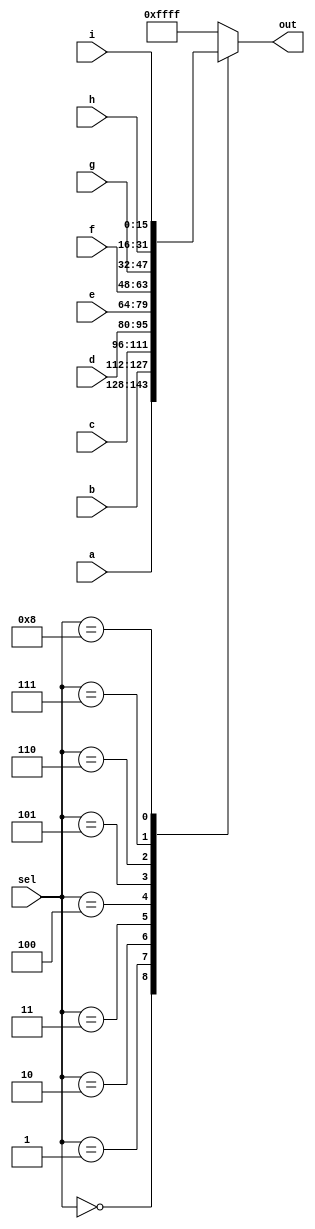
module top_module( 
    input [15:0] a, b, c, d, e, f, g, h, i,
    input [3:0] sel,
    output [15:0] out );
    
    always @(*) begin
    case(sel) 
   		0: out = a;
   		1: out = b;
        2: out = c;
        3: out = d;
        4: out = e;
        5: out = f;
        6: out = g;
        7: out = h;
        8: out = i;
        default: out = 16'b1111111111111111;
    endcase
    end

endmodule